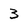
Character: 3